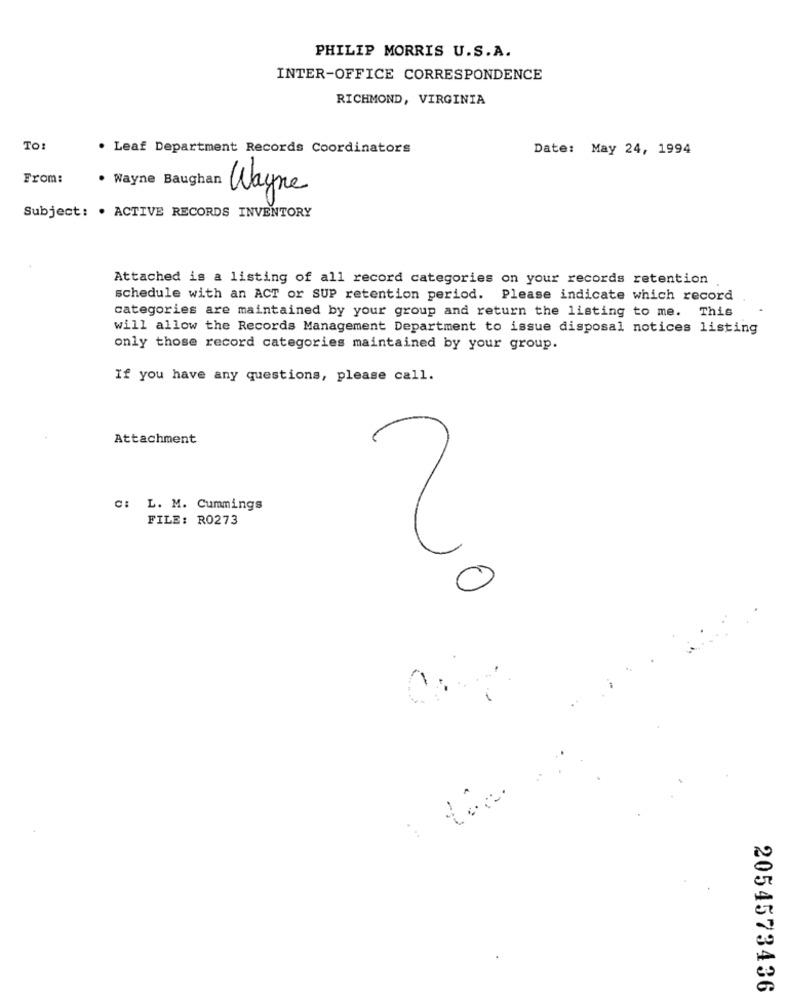
PHILIP MORRIS U.S.A.
INTER-OFFICE CORRESPONDENCE
RICHMOND, VIRGINIA
TO:
. Leaf Department Records Coordinators
Date: May 24, 1994
From:
. Wayne Baughan
Wayne
Subject: . ACTIVE RECORDS INVENTORY
Attached is a listing of all record categories on your records retention
schedule with an ACT or SUP retention period. Please indicate which record
categories are maintained by your group and return the listing to me.
This
will allow the Records Management Department to issue disposal notices listing
only those record categories maintained by your group.
If you have any questions, please call.
Attachment
C: L. M. Cummings
FILE: R0273
20
0
2054573436